Scientific memoirs by medical officers of the Army of India - Part IX,
Year: 1895
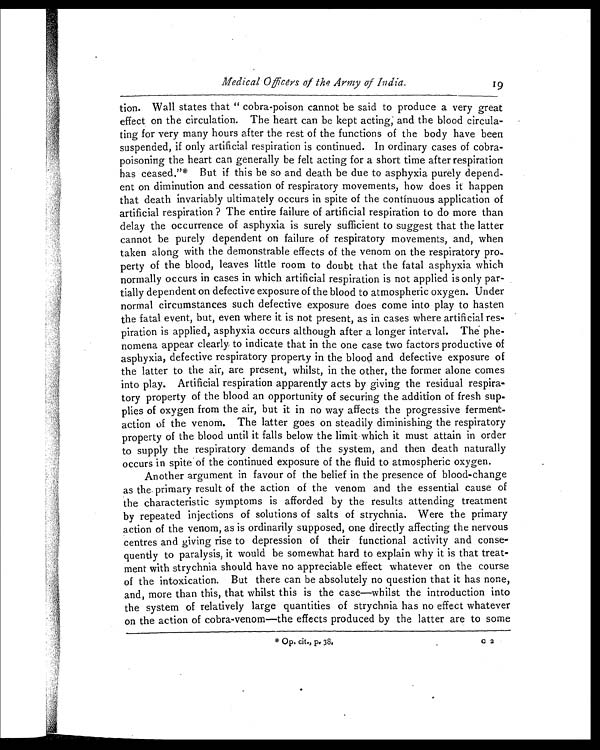
Medical 0fficers of the Army of India.
tion. Wall states that " cobra-poison cannot be said to produce a very great
effect on the circulation. The heart can be kept acting; and the blood circula-
ting for very many hours after the rest of the functions of the body have been
suspended, if only artificial respiration is continued. In ordinary cases of cobra-
poisoning the heart can generally be felt acting for a short time after respiration
has ceased."* But if this be so and death be due to asphyxia purely depend-
ent on diminution and cessation of respiratory movements, how does it happen
that death invariably ultimately occurs in spite of the continuous application of
artificial respiration ? The entire failure of artificial respiration to do more than
delay the occurrence of asphyxia is surely sufficient to suggest that the latter
cannot be purely dependent on failure of respiratory movements, and, when
taken along with the demonstrable effects of the venom on the respiratory pro-
perty of the blood, leaves little room to doubt that the fatal asphyxia which
normally occurs in cases in which artificial respiration is not applied is only par-
tially dependent on defective exposure of the blood to atmospheric oxygen. Under
normal circumstances such defective exposure does come into play to hasten
the fatal event, but, even where it is not present, as in cases where artificial res-
piration is applied, asphyxia occurs although after a longer interval. The phe-
nomena appear clearly to indicate that in the one case two factors productive of
asphyxia, defective respiratory property in the blood and defective exposure of
the latter to the air, are present, whilst, in the other, the former alone comes
into play. Artificial respiration apparently acts by giving the residual respira-
tory property of the blood an opportunity of securing the addition of fresh sup-
plies of oxygen from the air, but it in no way affects the progressive ferment-
action of the venom. The latter goes on steadily diminishing the respiratory
property of the blood until it falls below the limit which it must attain in order
to supply the respiratory demands of the system, and then death naturally
occurs in spite of the continued exposure of the fluid to atmospheric oxygen.
Another argument in favour of the belief in the presence of blood-change
as the primary result of the action of the venom and the essential cause of
the characteristic symptoms is afforded by the results attending treatment
by repeated injections of solutions of salts of strychnia. Were the primary
action of the venom, as is ordinarily supposed, one directly affecting the nervous
centres and giving rise to depression of their functional activity and conse-
quently to paralysis, it would be somewhat hard to explain why it is that treat-
ment with strychnia should have no appreciable effect whatever on the course
of the intoxication. But there can be absolutely no question that it has none,
and, more than this, that whilst this is the case—whilst the introduction into
the system of relatively large quantities of strychnia has no effect whatever
on the action of cobra-venom—the effects produced by the latter are to some
* O p , c
C 2